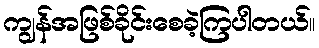
ကျွန်အဖြစ်ခိုင်းစေခဲ့ကြပါတယ်။